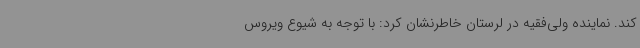
کند. نماینده ولی‌فقیه در لرستان خاطرنشان کرد: با توجه به شیوع ویروس